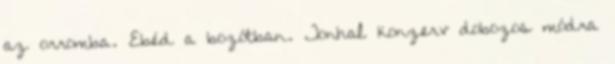
az orromba. Ebéd a bozótban. Tonhal konzerv dobozos módra